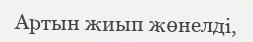
Артын жиып жөнелді,